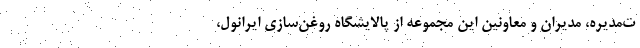
ت‌مدیره، مدیران و معاونین این مجموعه از پالایشگاه روغن‌سازی ایرانول،